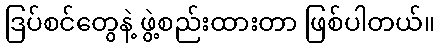
ဒြပ်စင်တွေနဲ့ ဖွဲ့စည်းထားတာ ဖြစ်ပါတယ်။